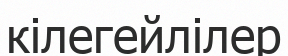
кілегейлілер